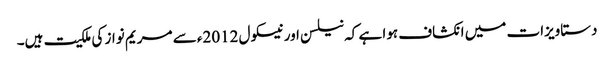
دستاویزات میں انکشاف ہوا ہے کہ نیلسن اور نیسکول 2012ء سے مریم نواز کی ملکیت ہیں۔